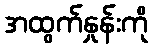
အထွက်နှုန်းကို